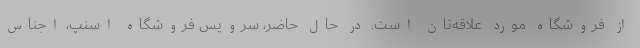
از فروشگاه مورد علاقه‌تان است. در حال حاضر، سرویس فروشگاه اسنپ، اجناس